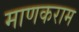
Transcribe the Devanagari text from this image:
माणकराम